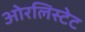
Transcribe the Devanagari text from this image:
ओरलिस्टेट